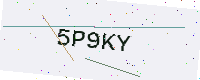
Text: 5P9KY